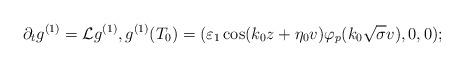
LaTeX: \begin{align*}\partial_tg^{(1)}=\mathcal{L}g^{(1)},g^{(1)}(T_0)=(\varepsilon_1 \cos(k_0z+\eta_0v)\varphi_p(k_0\sqrt{\sigma}v),0,0);\end{align*}